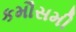
કમૌસમી